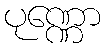
ပုဏ္ဏော